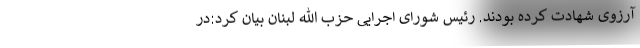
آرزوی شهادت کرده بودند. رئیس شورای اجرایی حزب الله لبنان بیان کرد:در